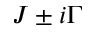
J \pm i \Gamma